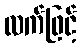
လက်ဖြင့်